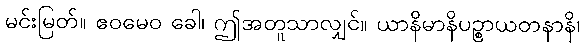
မင်းမြတ်။ ဧဝမေဝ ခေါ၊ ဤအတူသာလျှင်။ ယာနိမာနိပဉ္စာယတနာနိ၊